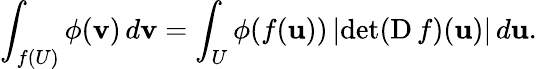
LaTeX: \int_{f(U)}\phi(\mathbf{v})\, d\mathbf{v}=\int_{U}\phi(f(\mathbf{u}))\left|\operatorname*{det}(\operatorname{D}f)(\mathbf{u})\right|\, d\mathbf{u}.